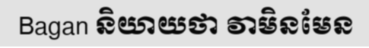
Bagan និយាយថា វាមិនមែន